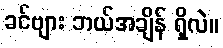
ခင်ဗျား ဘယ်အချိန် ရှိလဲ။